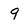
Character: 9